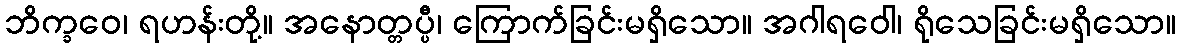
ဘိက္ခဝေ၊ ရဟန်းတို့။ အနောတ္တပ္ပီ၊ ကြောက်ခြင်းမရှိသော။ အဂါရဝေါ၊ ရိုသေခြင်းမရှိသော။